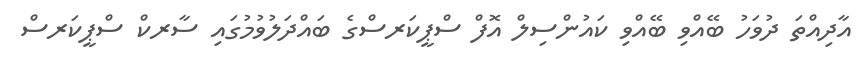
އާދިއްތަ ދުވަހު ބޭއްވި ބޭއްވި ކައުންސިލް އޮފް ސްޕީކަރސްގެ ބައްދަލުވުމުގައި ސާރކް ސްޕީކަރސް